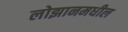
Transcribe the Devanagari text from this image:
लोझानमधील